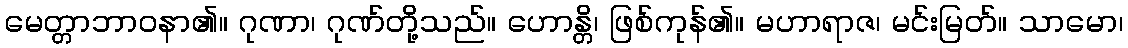
မေတ္တာဘာဝနာ၏။ ဂုဏာ၊ ဂုဏ်တို့သည်။ ဟောန္တိ၊ ဖြစ်ကုန်၏။ မဟာရာဇ၊ မင်းမြတ်။ သာမော၊